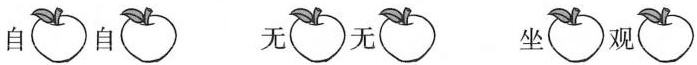
自 自 无 无 坐 观